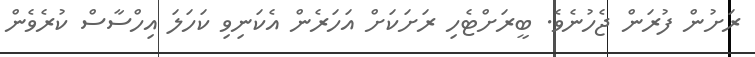
ރަށުން ފުރަން ޖެހުނެވެ. ބީރަށްޓެހި ރަށަކަށް އަހަރެން އެކަނިވި ކަހަލަ އިހްސާސް ކުރެވެން